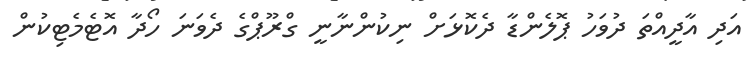
އަދި އާދީއްތަ ދުވަހު ޕޮލެންޑާ ދެކޮޅަށް ނިކުންނާނީ ގްރޫޕްގެ ދެވަނަ ހޯދާ އޮޓެމެޓިކުން